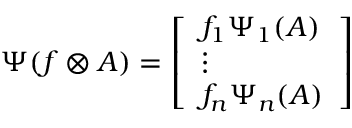
\Psi ( f \otimes A ) = { \left[ \begin{array} { l } { f _ { 1 } \Psi _ { 1 } ( A ) } \\ { \vdots } \\ { f _ { n } \Psi _ { n } ( A ) } \end{array} \right] }